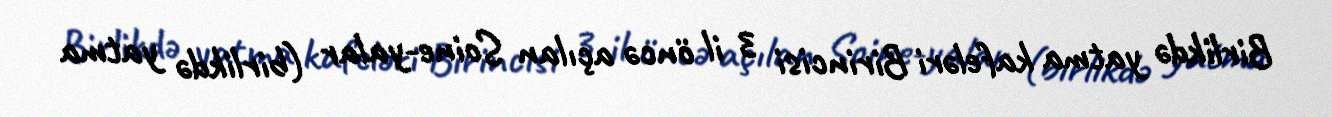
Birlikdə yatma kafeləri Birincisi 3 il öncə açılan Soine-yalar (birlikdə yatma